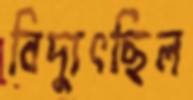
বিদ্যুৎছিল